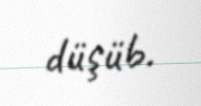
düşüb.